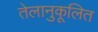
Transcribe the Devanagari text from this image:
तेलानुकूलित